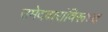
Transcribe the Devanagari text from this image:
उमेदवारांविरूध्द